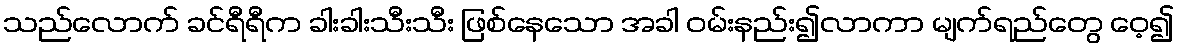
သည်လောက် ခင်ရီရီက ခါးခါးသီးသီး ဖြစ်နေသော အခါ ဝမ်းနည်း၍လာကာ မျက်ရည်တွေ ဝေ့၍